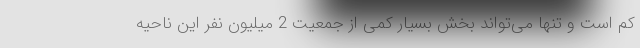
کم است و تنها می‌تواند بخش بسیار کمی از جمعیت 2 میلیون نفر این ناحیه